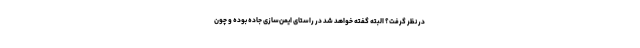
در نظر گرفت؟ البته گفته خواهد شد در راستای ایمن‌سازی جاده بوده و چون